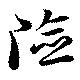
險